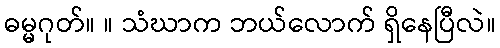
ဓမ္မဂုတ်။ ။ သံဃာက ဘယ်လောက် ရှိနေပြီလဲ။